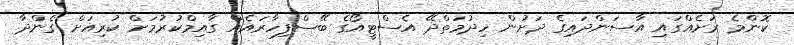
ކޮންމެ ރަށެއްގައި އާސަންދައިގެ ދަށުން ހިދުމަތްދޭ އެސްޓީއޯގެ ބޭސްފިހާރައެއް ގާއިމްކުރުމަށް ކުރިއަށް ގެންދާ